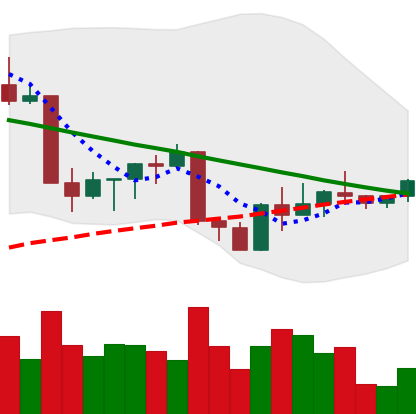
Ticker: ETH-USD
Chart end date: 2022-09-05
Forward return: 9.833%
Label: up_7plus